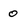
Character: 0